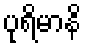
ပုရိမာနိ